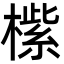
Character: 橴